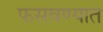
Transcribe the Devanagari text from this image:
फसवण्यात